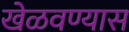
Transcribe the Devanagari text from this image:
खेळवण्यास